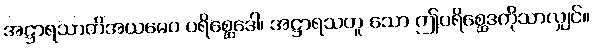
အဋ္ဌာရသာတိအယမေဝ ပရိစ္ဆေဒေါ၊ အဋ္ဌာရသဟူ သော ဤပရိစ္ဆေဒကိုသာလျှင်။